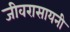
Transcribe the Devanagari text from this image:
जीवरासायनी